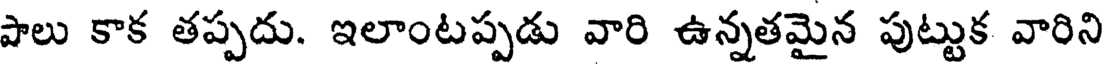
పాలు కాక తప్పదు. ఇలాంటప్పడు వారి ఉన్నతమైన పుట్టుక వారిని